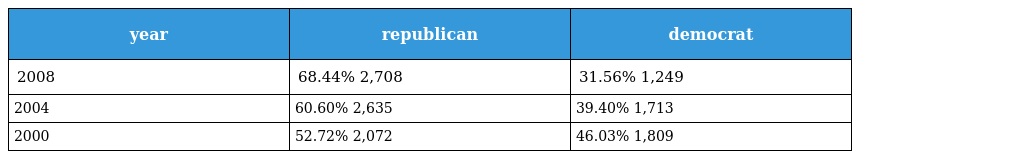
| year | republican | democrat |
 | --- | --- | --- |
 | 2008 | 68.44% 2,708 | 31.56% 1,249 |
 | 2004 | 60.60% 2,635 | 39.40% 1,713 |
 | 2000 | 52.72% 2,072 | 46.03% 1,809 |